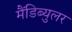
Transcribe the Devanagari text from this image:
मैंडिब्युलर